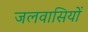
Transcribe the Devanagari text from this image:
जलवासियों